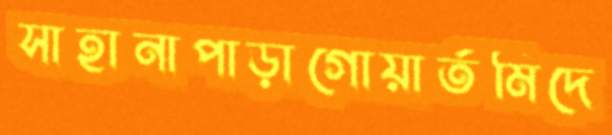
সাহানাপাড়াগোয়ার্তমিদে